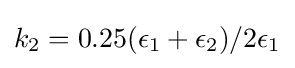
k_{2}=0.25(\epsilon _{1}+\epsilon _{2})/2\epsilon _{1}